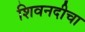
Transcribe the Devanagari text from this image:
शिवनदीचा